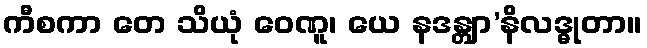
ကီစကာ တေ သိယုံ ဝေဏူ၊ ယေ နဒန္တျာ’နိလဒ္ဓုတာ။